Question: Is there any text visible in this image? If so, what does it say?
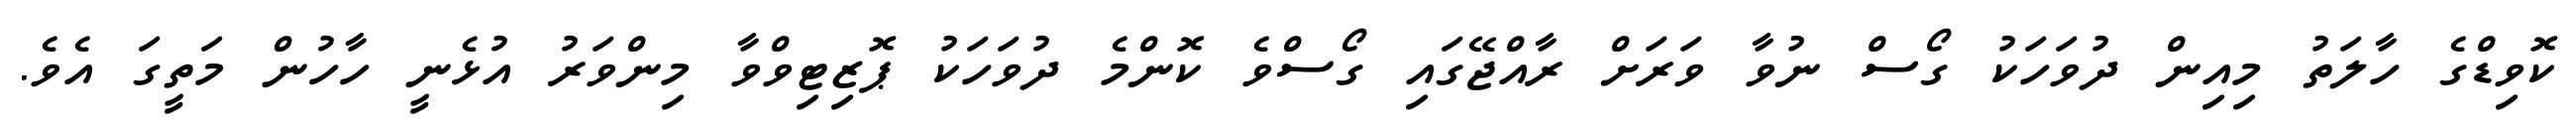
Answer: ކޮވިޑްގެ ހާލަތު މިއިން ދުވަހަކު ގޯސް ނުވާ ވަރަށް ރާއްޖޭގައި ގޯސްވެ ކޮންމެ ދުވަހަކު ޕޮޒިޓިވްވާ މިންވަރު އުޅެނީ ހާހުން މަތީގަ އެވެ.